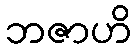
ဘဇာဟိ